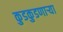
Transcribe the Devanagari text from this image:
कुडकुडणाऱ्या